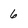
Character: 6